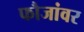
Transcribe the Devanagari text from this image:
फौजांवर